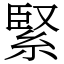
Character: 緊